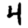
Digit: 4